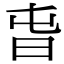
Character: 旾